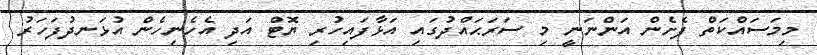
މިމަސައްކަތް ފެށެން އަންނަނީ މި ސަރަޙައްދުގައި އަޅާފައިހުރި ޔޮޓް އަދި އެހެނިހެން އުޅަނދުފަހަރު